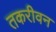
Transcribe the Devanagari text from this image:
तकरीवन